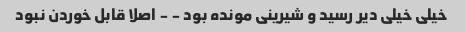
خیلی خیلی دیر رسید و شیرینی مونده بود - - اصلا قابل خوردن نبود